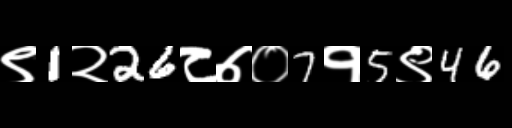
Text: ९1२26८७०7१5९46